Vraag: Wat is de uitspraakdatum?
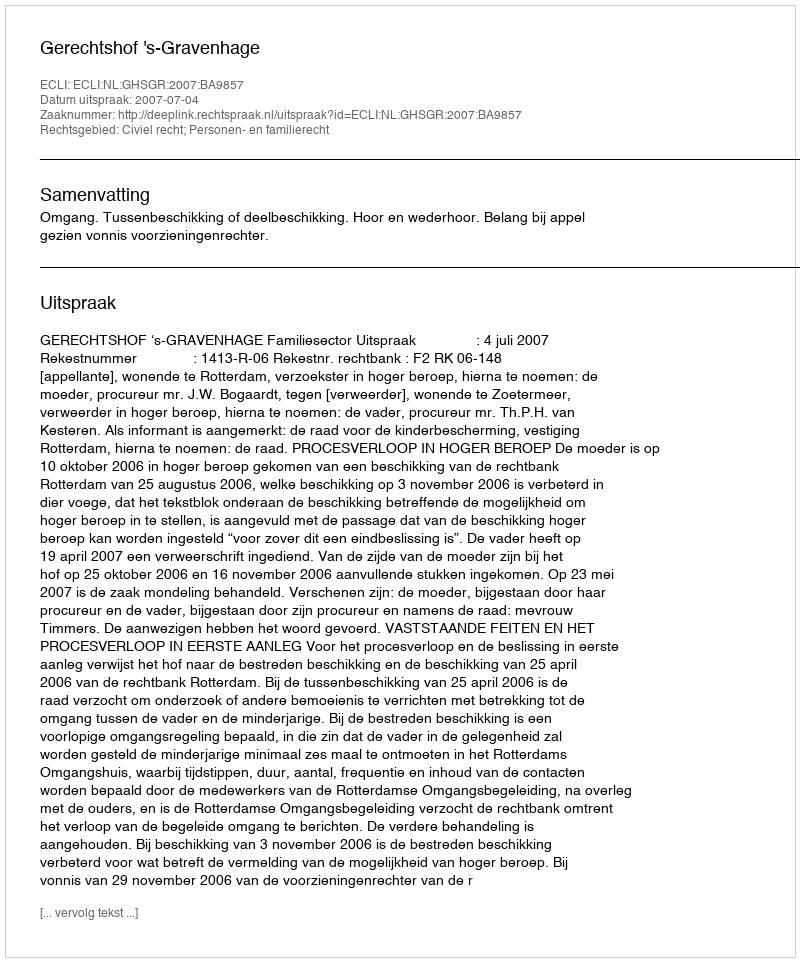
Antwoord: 2007-07-04